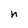
Character: n